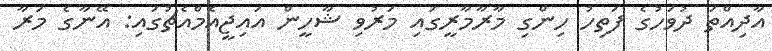
އާދިއްތަ ދުވަހުގެ ފަތިހު ހިންގި މާރާމާރީގައި މަރުވި ޝާހީން އައިޖީއެމްއެޗުގައި: އޭނާގެ މަރާ